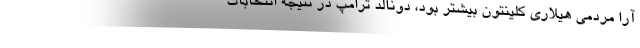
آرا مردمی هیلاری کلینتون بیشتر بود، دونالد ترامپ در نتیجه انتخابات